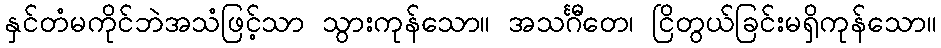
နှင်တံမကိုင်ဘဲအသံဖြင့်သာ သွားကုန်သော။ အသင်္ဂီတေ၊ ငြိတွယ်ခြင်းမရှိကုန်သော။